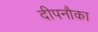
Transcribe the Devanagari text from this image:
दीपनौका